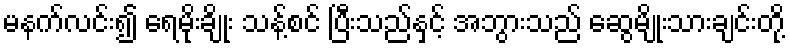
မနက်လင်း၍ ရေမိုးချိုး သန့်စင် ပြီးသည်နှင့် အဘွားသည် ဆွေမျိုးသားချင်းတို့